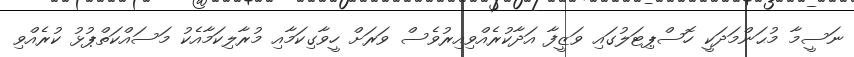
ނަސީމާ މުޙަންމަދަކީ ހޮސްޕިޓަލުގައި ވަޒީފާ އަދާކުރެއްވިއިރުވެސް ވަރަށް ހީވާގިކަމާއި މުރާލިކަމާއެކު މަސައްކަތްޕުޅު ކުރެއްވި